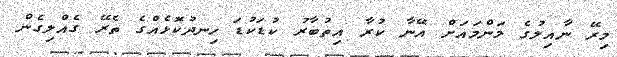
މިރޭ ނާއިލުގެ މަންމައަށް އޭނާ ކުރާ އިތުބާރު ކުޑަކުޑަ ހިނދުކޮޅެއްގެ ތެރޭ ގެއްލިގެން